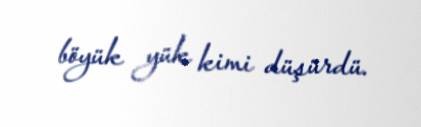
böyük yük kimi düşürdü.